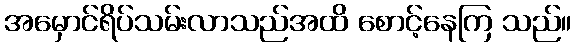
အမှောင်ရိပ်သမ်းလာသည်အထိ စောင့်နေကြ သည်။